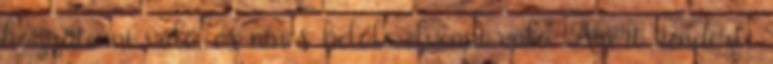
hozzátenni való, és nincs belőle elvenni való. Azért rendezte